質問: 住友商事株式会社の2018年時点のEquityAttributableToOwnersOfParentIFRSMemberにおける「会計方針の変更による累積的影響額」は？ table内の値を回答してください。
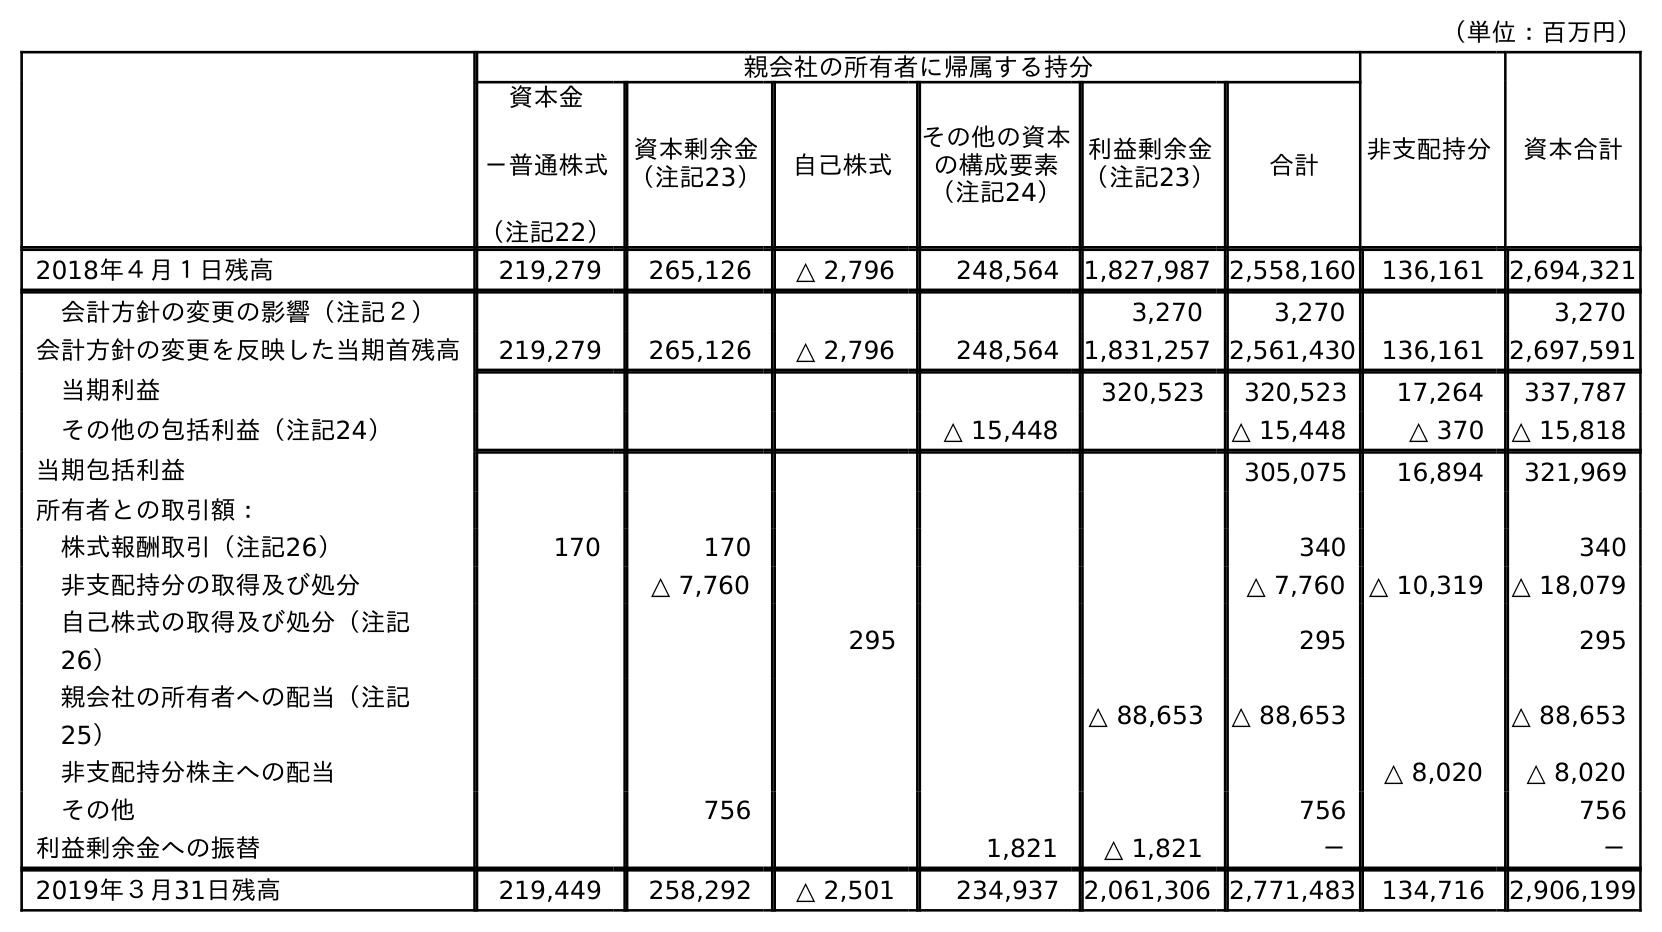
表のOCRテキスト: （単位：百万円） 親会社の所有者に帰属する持分 非支配持分 資本合計 資本金 －普通株式 （注記22） 資本剰余金 （注記23） 自己株式 その他の資本 の構成要素 （注記24） 利益剰余金 （注記23） 合計 2018年４月１日残高 219,279 265,126 △ 2,796 248,564 1,827,987 2,558,160 136,161 2,694,321 会計方針の変更の影響（注記２） 3,270 3,270 3,270 会計方針の変更を反映した当期首残高 219,279 265,126 △ 2,796 248,564 1,831,257 2,561,430 136,161 2,697,591 当期利益 320,523 320,523 17,264 337,787 その他の包括利益（注記24） △ 15,448 △ 15,448 △ 370 △ 15,818 当期包括利益 305,075 16,894 321,969 所有者との取引額： 株式報酬取引（注記26） 170 170 340 340 非支配持分の取得及び処分 △ 7,760 △ 7,760 △ 10,319 △ 18,079 自己株式の取得及び処分（注記 26） 295 295 295 親会社の所有者への配当（注記 25） △ 88,653 △ 88,653 △ 88,653 非支配持分株主への配当 △ 8,020 △ 8,020 その他 756 756 756 利益剰余金への振替 1,821 △ 1,821 － － 2019年３月31日残高 219,449 258,292 △ 2,501 234,937 2,061,306 2,771,483 134,716 2,906,199
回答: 3,270